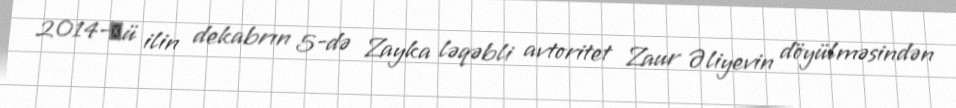
2014-сü ilin dekabrın 5-də Zayka ləqəbli avtoritet Zaur Əliyevin döyülməsindən